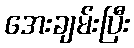
အေးချမ်းပြီး